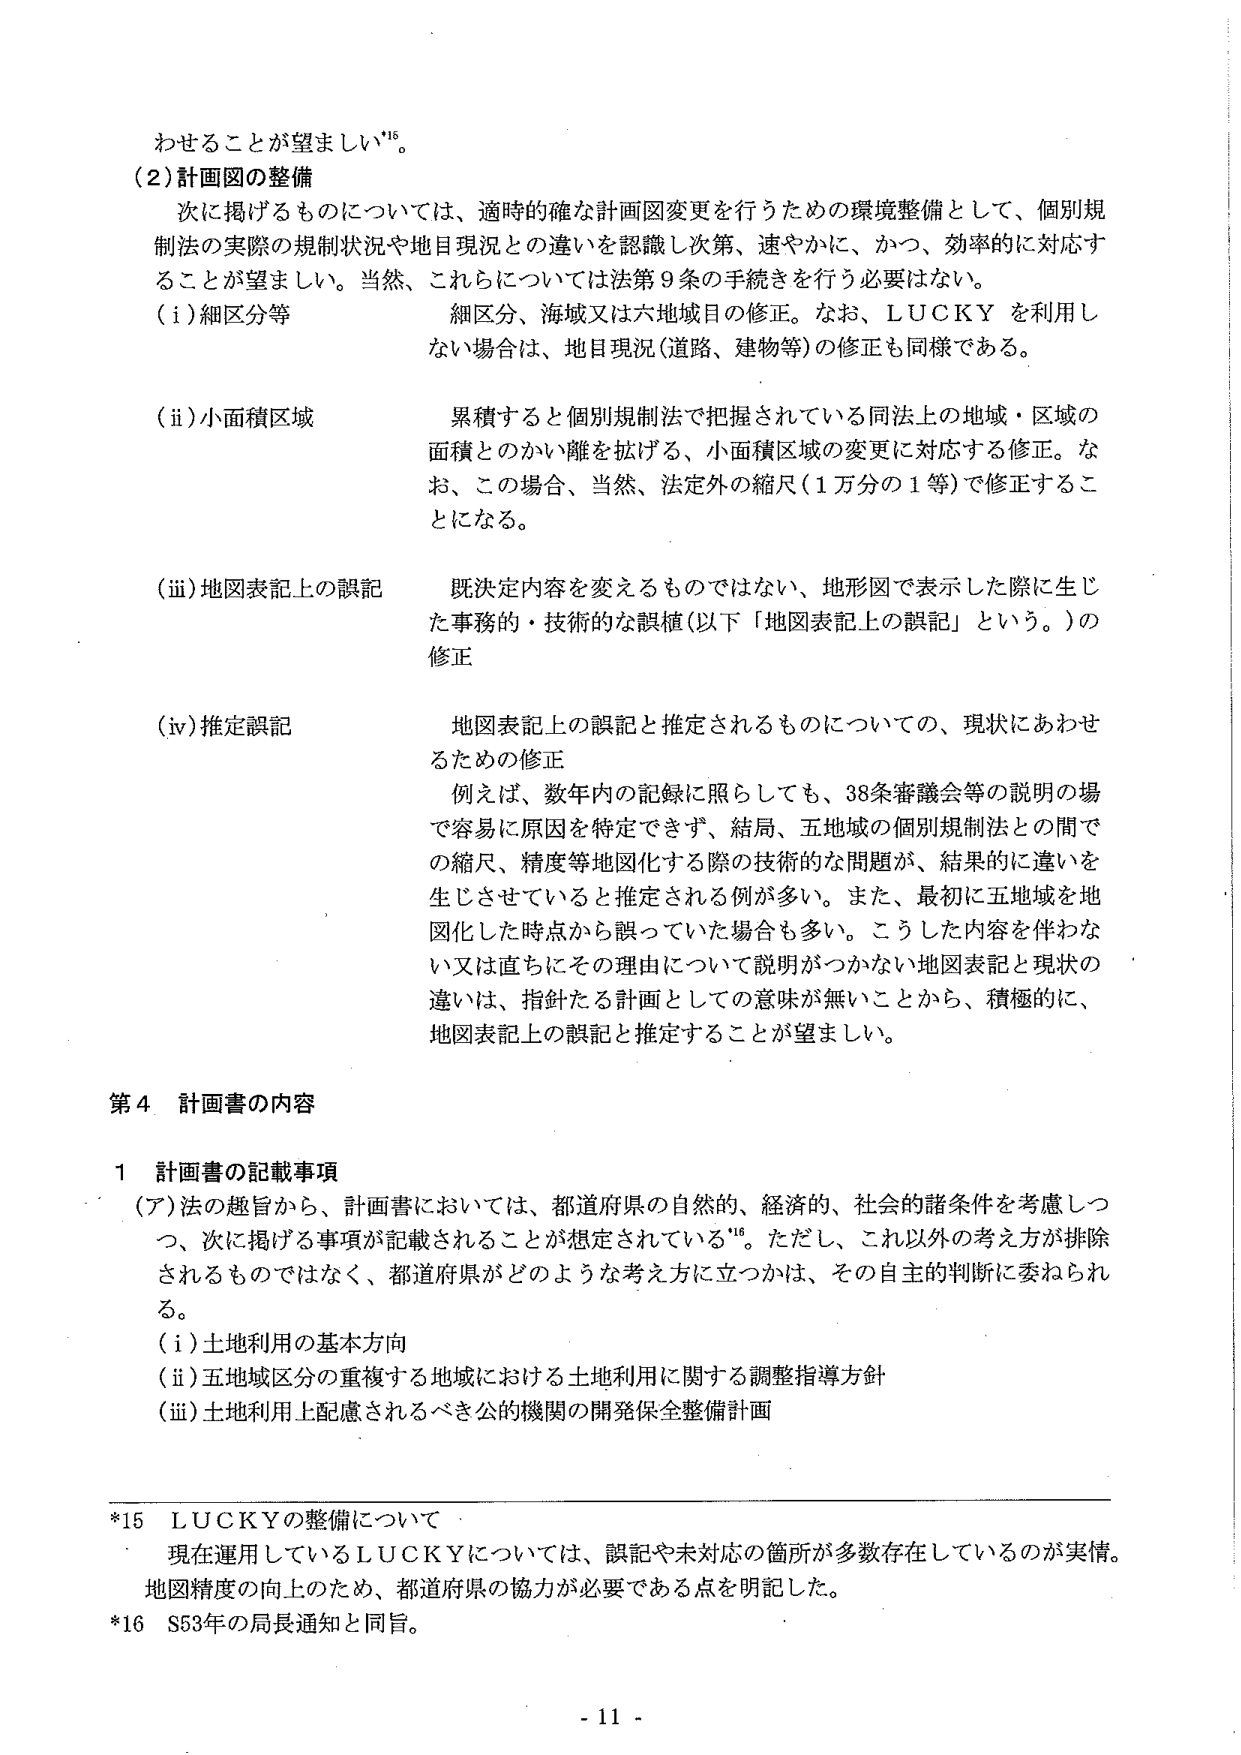
わせることが望ましい*15。

（2）計画図の整備
次に掲げるものについては、適時的確な計画図変更を行うための環境整備として、個別規制法の実際の規制状況や地目現況との違いを認識し次第、速やかに、かつ、効率的に対応することが望ましい。当然、これらについては法第9条の手続きを行う必要はない。

（i）細区分等　　細区分、海域又は六地域目の修正。なお、LUCKYを利用しない場合は、地目現況（道路、建物等）の修正も同様である。

（ii）小面積区域　　累積すると個別規制法で把握されている同法上の地域・区域の面積とのかい離を拡げる、小面積区域の変更に対応する修正。なお、この場合、当然、法定外の縮尺（1万分の1等）で修正することになる。

（iii）地図表記上の誤記　　既決定内容を変えるものではない、地形図で表示した際に生じた事務的・技術的な誤植（以下「地図表記上の誤記」という。）の修正

（iv）推定誤記　　地図表記上の誤記と推定されるものについての、現状にあわせるための修正
　　例えば、数年内の記録に照らしても、38条審議会等の説明の場で容易に原因を特定できず、結局、五地域の個別規制法との間での縮尺、精度等地図化する際の技術的な問題が、結果的に違いを生じさせていると推定される例が多い。また、最初に五地域を地図化した時点から誤っていた場合も多い。こうした内容を伴わない又は直ちにその理由について説明がつかない地図表記と現状の違いは、指針たる計画としての意味が無いことから、積極的に、地図表記上の誤記と推定することが望ましい。

第4 計画書の内容

1 計画書の記載事項
（ア）法の趣旨から、計画書においては、都道府県の自然的、経済的、社会的諸条件を考慮しつつ、次に掲げる事項が記載されることが想定されている*16。ただし、これ以外の考え方が排除されるものではなく、都道府県がどのような考え方に立つかは、その自主的判断に委ねられる。
（i）土地利用の基本方向
（ii）五地域区分の重複する地域における土地利用に関する調整指導方針
（iii）土地利用上配慮されるべき公的機関の開発保全整備計画

*15 LUCKYの整備について
　　現在運用しているLUCKYについては、誤記や未対応の箇所が多数存在しているのが実情。地図精度の向上のため、都道府県の協力が必要である点を明記した。
*16 S53年の局長通知と同旨。

- 11 -